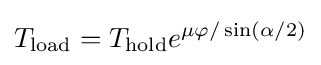
T_{\text{load}}=T_{\text{hold}}e^{\mu \varphi /\sin(\alpha /2)}